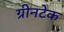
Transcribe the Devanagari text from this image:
ग्रीनटेक